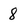
Character: 8